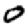
Digit: 0